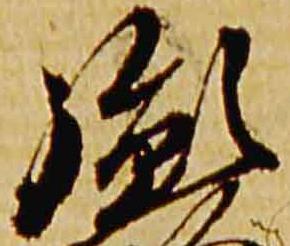
胤